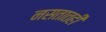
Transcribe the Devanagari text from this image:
नसतातही